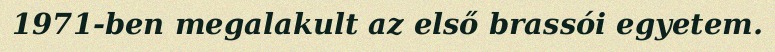
1971-ben megalakult az első brassói egyetem.